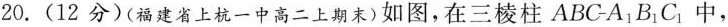
20.(12分)(福建省上杭一中高二上期末)如图，在三棱柱ABC-A_{1}B_{1}C_{1}中，